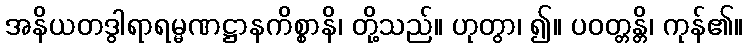
အနိယတဒွါရာရမ္မဏဋ္ဌာနကိစ္စာနိ၊ တို့သည်။ ဟုတွာ၊ ၍။ ပဝတ္တန္တိ၊ ကုန်၏။